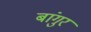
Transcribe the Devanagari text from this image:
बांगुर